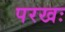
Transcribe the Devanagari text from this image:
परखः